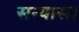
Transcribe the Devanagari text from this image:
सन्यास।